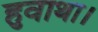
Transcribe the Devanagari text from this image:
हुवाथा।